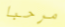
مرحبا